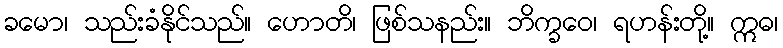
ခမော၊ သည်းခံနိုင်သည်။ ဟောတိ၊ ဖြစ်သနည်း။ ဘိက္ခဝေ၊ ရဟန်းတို့။ ဣဓ၊